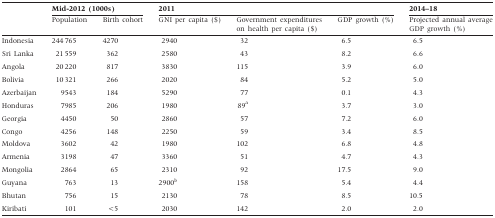
<table><thead><tr><td></td><td colspan="2"><b>Mid-2012 (1000s)</b></td><td colspan="3"><b>2011</b></td><td><b>2014–18</b></td></tr><tr><td></td><td><b>Population</b></td><td><b>Birth cohort</b></td><td><b>GNI per capita ($)</b></td><td><b>Government expenditures on health per capita ($)</b></td><td><b>GDP growth (%)</b></td><td><b>Projected annual average GDP growth (%)</b></td></tr></thead><tbody><tr><td>Indonesia</td><td>244 765</td><td>4270</td><td>2940</td><td>32</td><td>6.5</td><td>6.5</td></tr><tr><td>Sri Lanka</td><td>21 559</td><td>362</td><td>2580</td><td>43</td><td>8.2</td><td>6.6</td></tr><tr><td>Angola</td><td>20 220</td><td>817</td><td>3830</td><td>115</td><td>3.9</td><td>6.0</td></tr><tr><td>Bolivia</td><td>10 321</td><td>266</td><td>2020</td><td>84</td><td>5.2</td><td>5.0</td></tr><tr><td>Azerbaijan</td><td>9543</td><td>184</td><td>5290</td><td>77</td><td>0.1</td><td>4.3</td></tr><tr><td>Honduras</td><td>7985</td><td>206</td><td>1980</td><td>89<sup>a</sup></td><td>3.7</td><td>3.0</td></tr><tr><td>Georgia</td><td>4450</td><td>50</td><td>2860</td><td>57</td><td>7.2</td><td>6.0</td></tr><tr><td>Congo</td><td>4256</td><td>148</td><td>2250</td><td>59</td><td>3.4</td><td>8.5</td></tr><tr><td>Moldova</td><td>3602</td><td>42</td><td>1980</td><td>102</td><td>6.8</td><td>4.8</td></tr><tr><td>Armenia</td><td>3198</td><td>47</td><td>3360</td><td>51</td><td>4.7</td><td>4.3</td></tr><tr><td>Mongolia</td><td>2864</td><td>65</td><td>2310</td><td>92</td><td>17.5</td><td>9.0</td></tr><tr><td>Guyana</td><td>763</td><td>13</td><td>2900<sup>b</sup></td><td>158</td><td>5.4</td><td>4.4</td></tr><tr><td>Bhutan</td><td>756</td><td>15</td><td>2130</td><td>78</td><td>8.5</td><td>10.5</td></tr><tr><td>Kiribati</td><td>101</td><td>&lt;5</td><td>2030</td><td>142</td><td>2.0</td><td>2.0</td></tr></tbody></table>